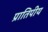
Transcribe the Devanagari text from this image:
प्रातिपीय